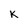
Character: K